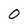
Character: 0